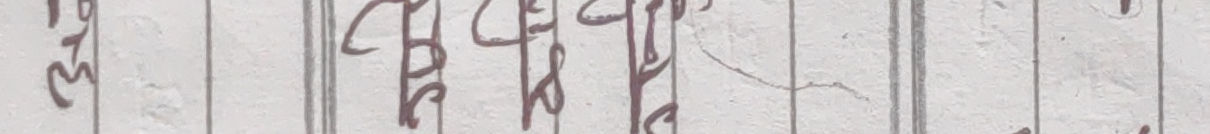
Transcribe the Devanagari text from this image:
२३ १८९